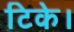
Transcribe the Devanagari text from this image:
टिके।